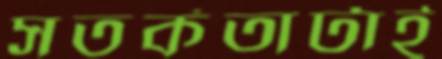
সতর্কতাটাই